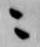
ニ